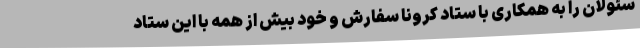
سئولان را به همکاری با ستاد کرونا سفارش و خود بیش از همه با این ستاد